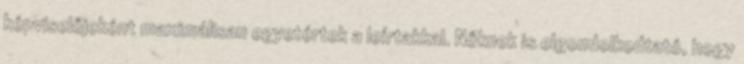
képviselőjeként maximálisan egyetértek a leírtakkal. Nőknek is elgondolkodtató, hogy